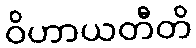
ဝိဟာယတီတိ